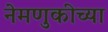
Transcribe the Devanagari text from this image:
नेमणुकीच्या